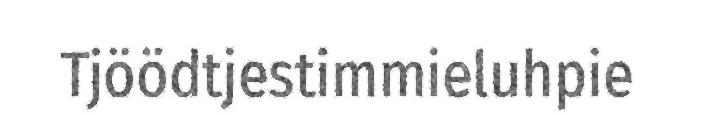
Tjöödtjestimmieluhpie